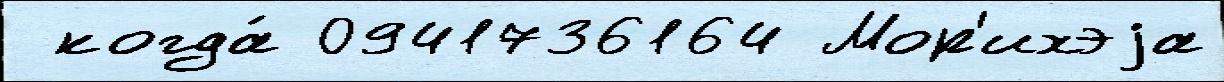
 когда́ 0941736164 Мор'ихэjа